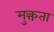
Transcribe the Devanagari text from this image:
मुक्त्तता